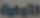
التواية